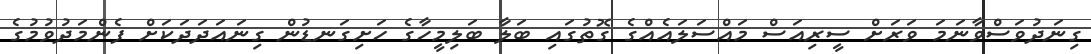
ގިނަދުވަސްވާނަމަ ވަރަށް ސީރިއަސް މައްސަލައެއްގެ ގޮތުގައި ބަލާ ބަލިމީހާގެ ހަށިގަނޑުން ގިނައަދަދަކަށް ފެންމަދުވުމުގެ